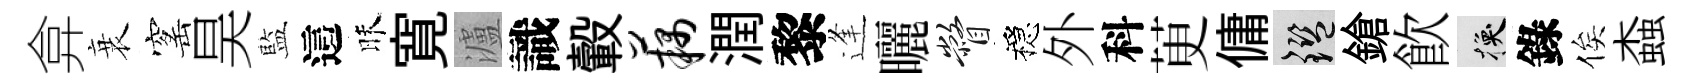
弇衰窰昊藍這昧寛瀘識轂藕潤黎逢曬瞥穩外科茰傭鑒鎗飮换錄俟螙